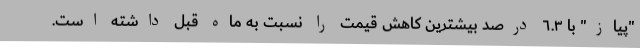
"پیاز" با ٦.٣ درصد بیشترین کاهش قیمت را نسبت به ماه قبل داشته است.